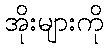
အိုးများကို